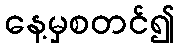
နေ့မှစတင်၍